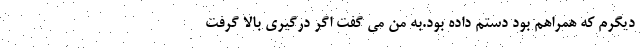
دیگرم که همراهم بود دستم داده بود.به من می گفت اگر درگیری بالا گرفت